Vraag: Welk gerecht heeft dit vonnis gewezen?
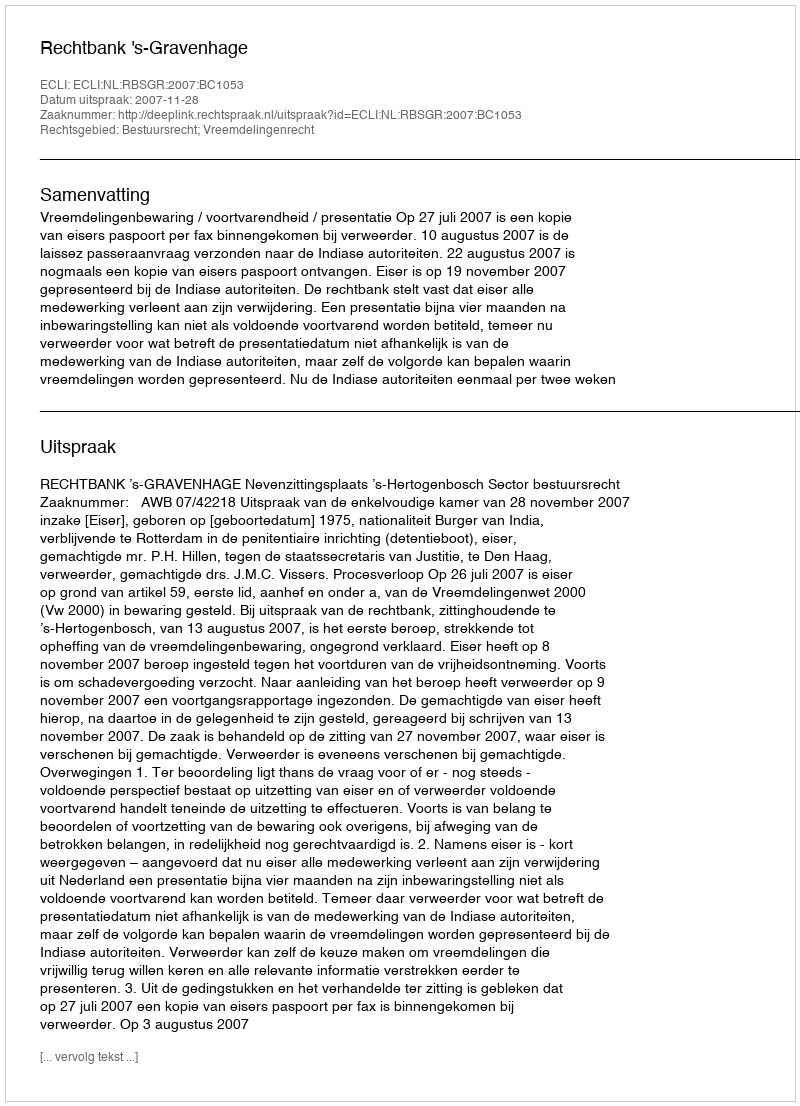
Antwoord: Rechtbank 's-Gravenhage